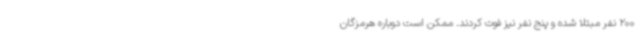
200 نفر مبتلا شده و پنج نفر نیز فوت کردند. ممکن است دوباره هرمزگان